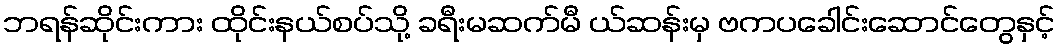
ဘရန်ဆိုင်းကား ထိုင်းနယ်စပ်သို့ ခရီးမဆက်မီ ယ်ဆန်းမှ ဗကပခေါင်းဆောင်တွေနှင့်